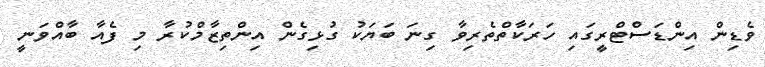
ވެޑިން އިންޑަސްޓްރީގައި ހަރަކާތްތެރިވާ ގިނަ ބަޔަކު ގުޅިގެން އިންތިޒާމްކުރާ މި ފެއާ ބާއްވަނީ